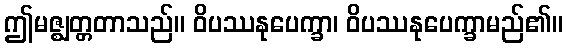
ဤမဇ္ဈတ္တတာသည်။ ဝိပဿနုပေက္ခာ၊ ဝိပဿနုပေက္ခာမည်၏။